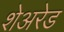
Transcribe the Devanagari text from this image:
शेअरेड